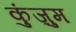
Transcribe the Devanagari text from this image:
कुंज़ुम